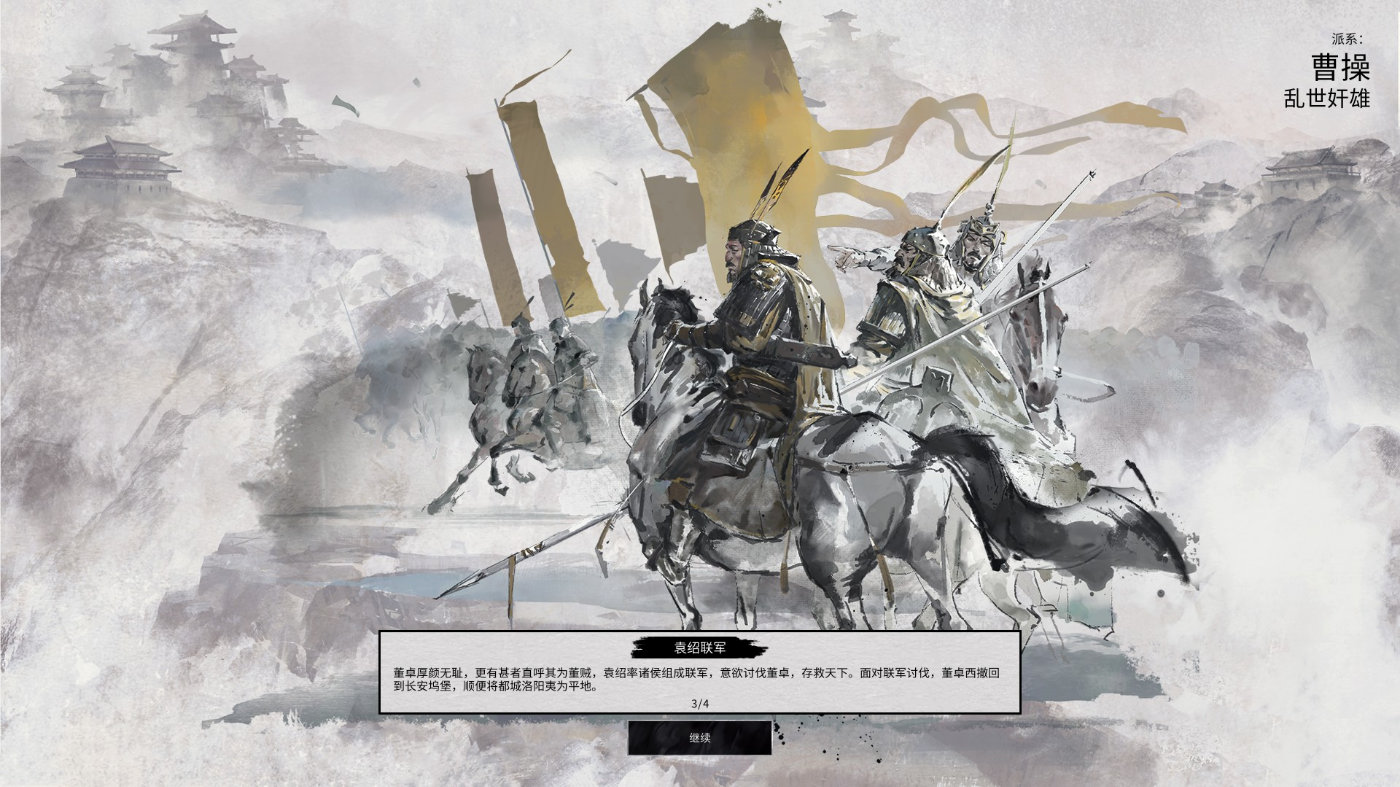
知可以战与不可以战者，胜。